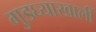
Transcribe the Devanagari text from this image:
गुडघ्याखालीं